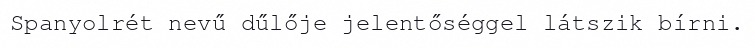
Spanyolrét nevű dűlője jelentőséggel látszik bírni.